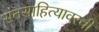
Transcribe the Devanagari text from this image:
संतसाहित्यावरची